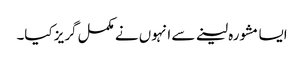
ایسا مشورہ لینے سے انہوں نے مکمل گریز کیا۔